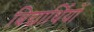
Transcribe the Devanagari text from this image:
बिद्यार्थियों